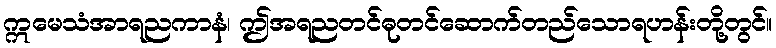
ဣမေသံအာရညကာနံ၊ ဤအရညတင်ဓုတင်ဆောက်တည်သောရဟန်းတို့တွင်။